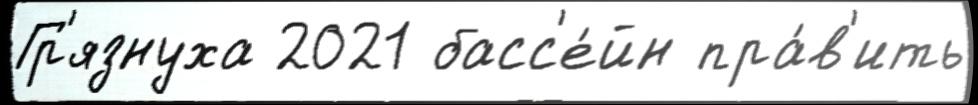
Гр'язнуха 2021 басс'е́йн пра́в'ить